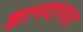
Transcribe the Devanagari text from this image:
ज्ञानदानात